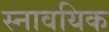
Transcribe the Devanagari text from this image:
स्नावयिक